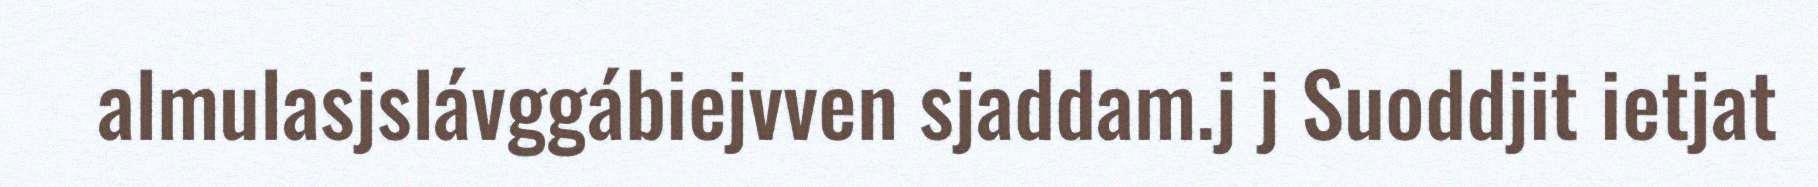
almulasjslávggábiejvven sjaddam.j j Suoddjit ietjat